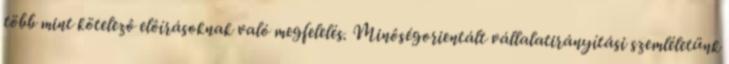
több mint kötelezô elôírásoknak való megfelelés. Minôségorientált vállalatirányítási szemléletünk